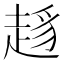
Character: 𧼋